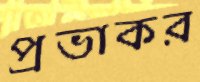
প্রভাকর